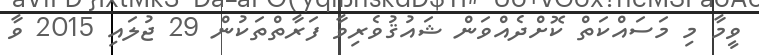
ވީމާ މި މަސައްކަތް ކޮށްދެއްވަން ޝައުޤުވެރިވާ ފަރާތްތަކުން 29 ޖުލައި 2015 ވާ